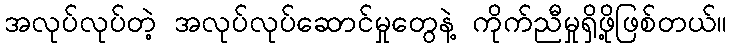
အလုပ်လုပ်တဲ့ အလုပ်လုပ်ဆောင်မှုတွေနဲ့ ကိုက်ညီမှုရှိဖို့ဖြစ်တယ်။